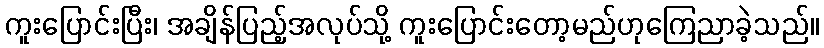
ကူးပြောင်းပြီး၊ အချိန်ပြည့်အလုပ်သို့ ကူးပြောင်းတော့မည်ဟုကြေညာခဲ့သည်။